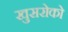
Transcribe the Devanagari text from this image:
खुसरोको